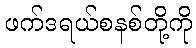
ဖက်ဒရယ်စနစ်တို့ကို